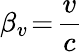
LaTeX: \beta_{v}\! =\! \frac{v}{c}